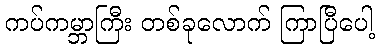
ကပ်ကမ္ဘာကြီး တစ်ခုလောက် ကြာပြီပေါ့